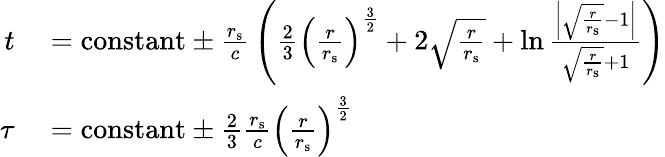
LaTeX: \begin{array}{rl}{t}&{{}={\mathrm{constant}}\pm{\frac{r_{\mathrm{{s}}}}{c}}\left({\frac{2}{3}}\left({\frac{r}{r_{\mathrm{{s}}}}}\right)^{\frac{3}{2}}+2{\sqrt{\frac{r}{r_{\mathrm{{s}}}}}}+\ln{\frac{\left|{\sqrt{\frac{r}{r_{\mathrm{{s}}}}}}-1\right|}{{\sqrt{\frac{r}{r_{\mathrm{{s}}}}}}+1}}\right)}\\ {\tau}&{{}={\mathrm{constant}}\pm{\frac{2}{3}}{\frac{r_{\mathrm{{s}}}}{c}}\left({\frac{r}{r_{\mathrm{{s}}}}}\right)^{\frac{3}{2}}}\end{array}